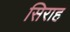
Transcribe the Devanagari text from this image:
सिराह